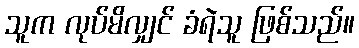
သူက လုပ်မိလျှင် ခံရဲသူ ဖြစ်သည်။